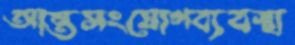
আন্তসংযোগব্যবস্থা